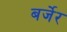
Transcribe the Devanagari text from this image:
बर्जेर